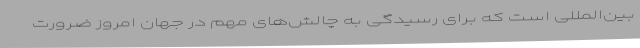
بین‌المللی است که برای رسیدگی به چالش‌های مهم در جهان امروز ضرورت